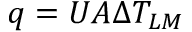
q = U A \Delta T _ { L M }